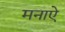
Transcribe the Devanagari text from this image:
मनाऐ